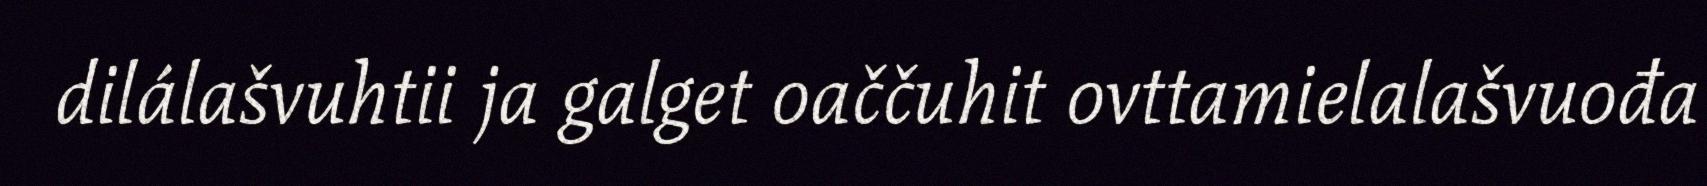
dilálašvuhtii ja galget oaččuhit ovttamielalašvuođa